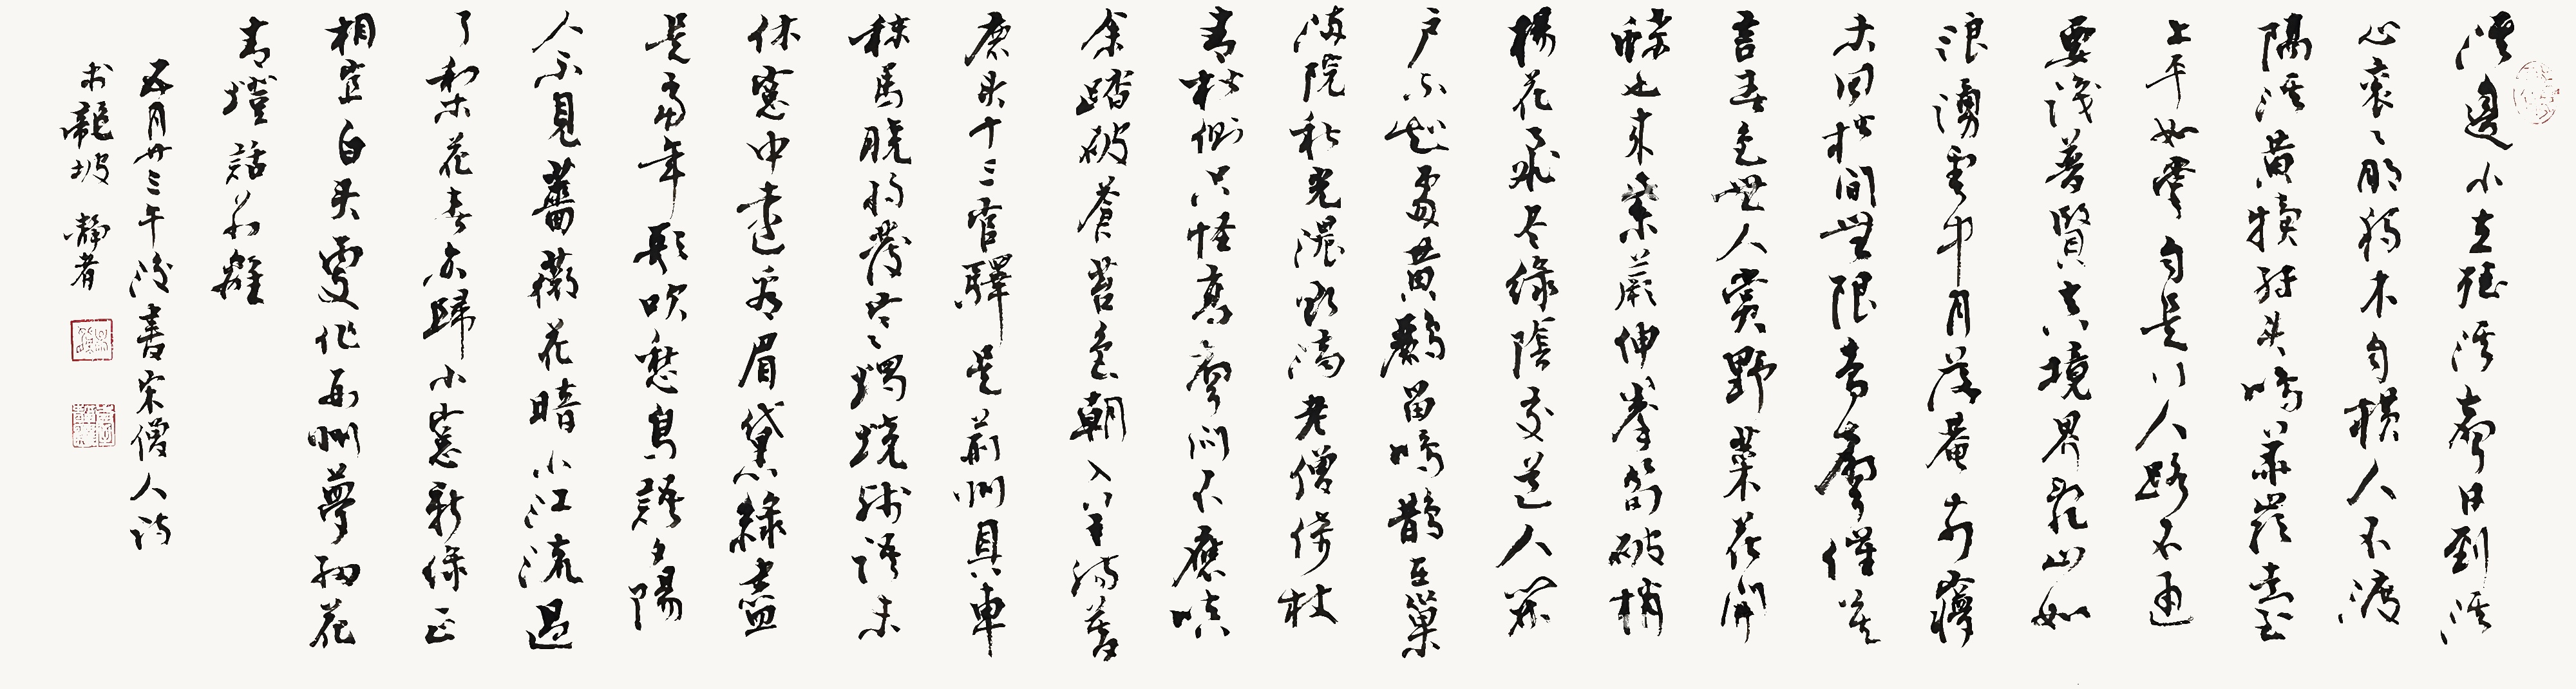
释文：溪边小立听溪声，日到溪心衮衮明。独木自横人不渡，隔溪黄犊转头鸣。华严台上平如掌，自是行人路不通。要识普贤真境界，乱山如浪涌云中。月落庵前梦未回，松间无限鸟声催。莫言春色无人赏，野菜花开蝶也来。紫蕨伸拳笋破梢，杨花飞尽绿阴交。道人闭户不知处，黄鹂留鸣鹊在巢。满院秋光浓欲滴，老僧倚杖青松侧。只怪高声问不应，嗔余踏破苍苔色。朝入羊肠暮鹿头，十三官驿是荆州。具车秣马晓将发，寒烛烧残语未休。窗中远看眉黛绿，尽是当年歌吹愁。鸟语夕阳人不见，蔷薇花暗小江流。过了梨花春亦归，小窗新绿正相宜。白头更作西州梦，细花青灯话别离。五月廿三午后书宋僧人诗于龙坡。静者。